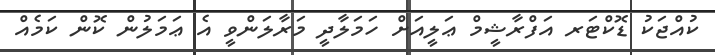
ކުއްޖަކު ޑޮކްޓަރ އަފްރާޝީމް ޢަލީއަށް ހަމަލާދީ މަރާލަންވީ އެ ޢަމަލުން ކޮން ކަމެއް